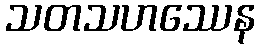
သတသဟဿေန